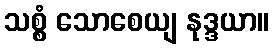
သစ္စံ သောစေယျ နုဒ္ဒယာ။